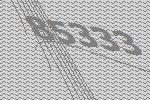
85333